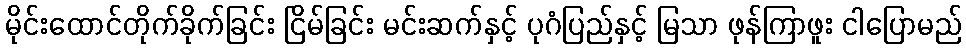
မိုင်းထောင်တိုက်ခိုက်ခြင်း ငြိမ်ခြင်း မင်းဆက်နှင့် ပုဂံပြည်နှင့် မြသာ ဖုန်ကြာဖူး ငါပြောမည်